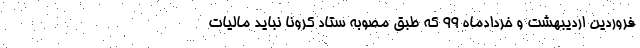
فروردین اردیبهشت و خردادماه ۹۹ که طبق مصوبه ستاد کرونا نباید مالیات